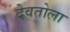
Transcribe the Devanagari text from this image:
देवतोला